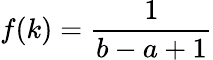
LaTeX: f(k)={\frac{1}{b-a+1}}